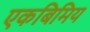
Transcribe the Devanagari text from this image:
एकबिमिय